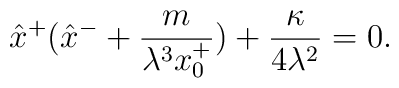
\hat{x}^+(\hat{x}^- +\frac{m}{\lambda^3 x^+_0} )+\frac{\kappa}{4\lambda^2}=0.